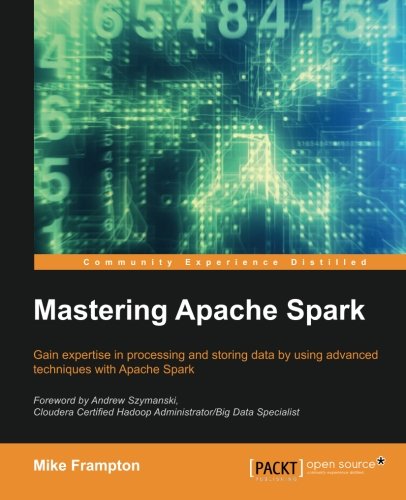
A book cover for Mastering Apache Spark; Mike Frampton; Computers & Technology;